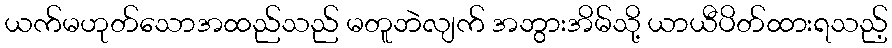
ယက်မဟုတ်သောအထည်သည် မတူဘဲလျက် အဘွားအိမ်သို့ ယာယီပိတ်ထားရသည့်